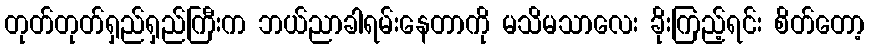
တုတ်တုတ်ရှည်ရှည်ကြီးက ဘယ်ညာခါရမ်းနေတာကို မသိမသာလေး ခိုးကြည့်ရင်း စိတ်တော့